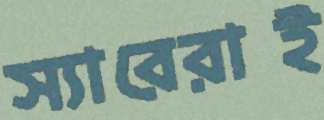
স্যারেরাই